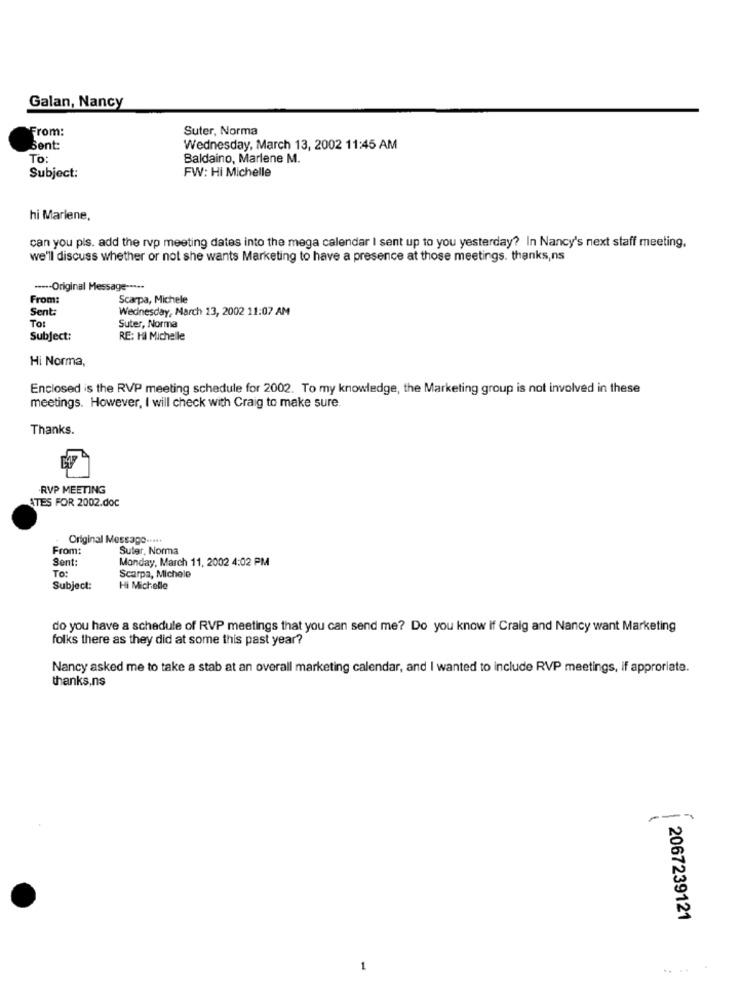
Galan, Nancy
From:
Suter, Norma
Bent:
Wednesday, March 13, 2002 11:45 AM
To:
Baldaino, Marlene M.
FW: Hi Michelle
Subject:
hi Marlene,
can you pis. add the rvp meeting dates into the mega calendar I sent up to you yesterday? In Nancy's next staff meeting.
we'll discuss whether or not she wants Marketing to have a presence at those meetings. thanks,ns
---- Original Message -....
From:
Scarpa, Michele
Sent:
Wednesday, March 23, 2002 11:07 AM
To:
Suter, Norma
Subject:
RE: HI Michelle
Hi Norma,
Enclosed is the RVP meeting schedule for 2002. To my knowledge, the Marketing group is not involved in these
meetings. However, I will check with Craig to make sure
Thanks.
.RVP MEETING
ATES FOR 2002.doc
Original Message .....
From:
Suter, Norma
Sent
Monday, March 11, 2002 4:02 PM
To:
Scarpa, Michele
Subject:
Hi Michelle
do you have a schedule of RVP meetings that you can send me? Do you know if Craig and Nancy want Marketing
folks there as they did at some this past year?
Nancy asked me to take a stab at an overall marketing calendar, and I wanted to include RVP meetings, if approriate.
thanks,ns
2067239121
1